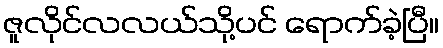
ဇူလိုင်လလယ်သို့ပင် ရောက်ခဲ့ပြီ။